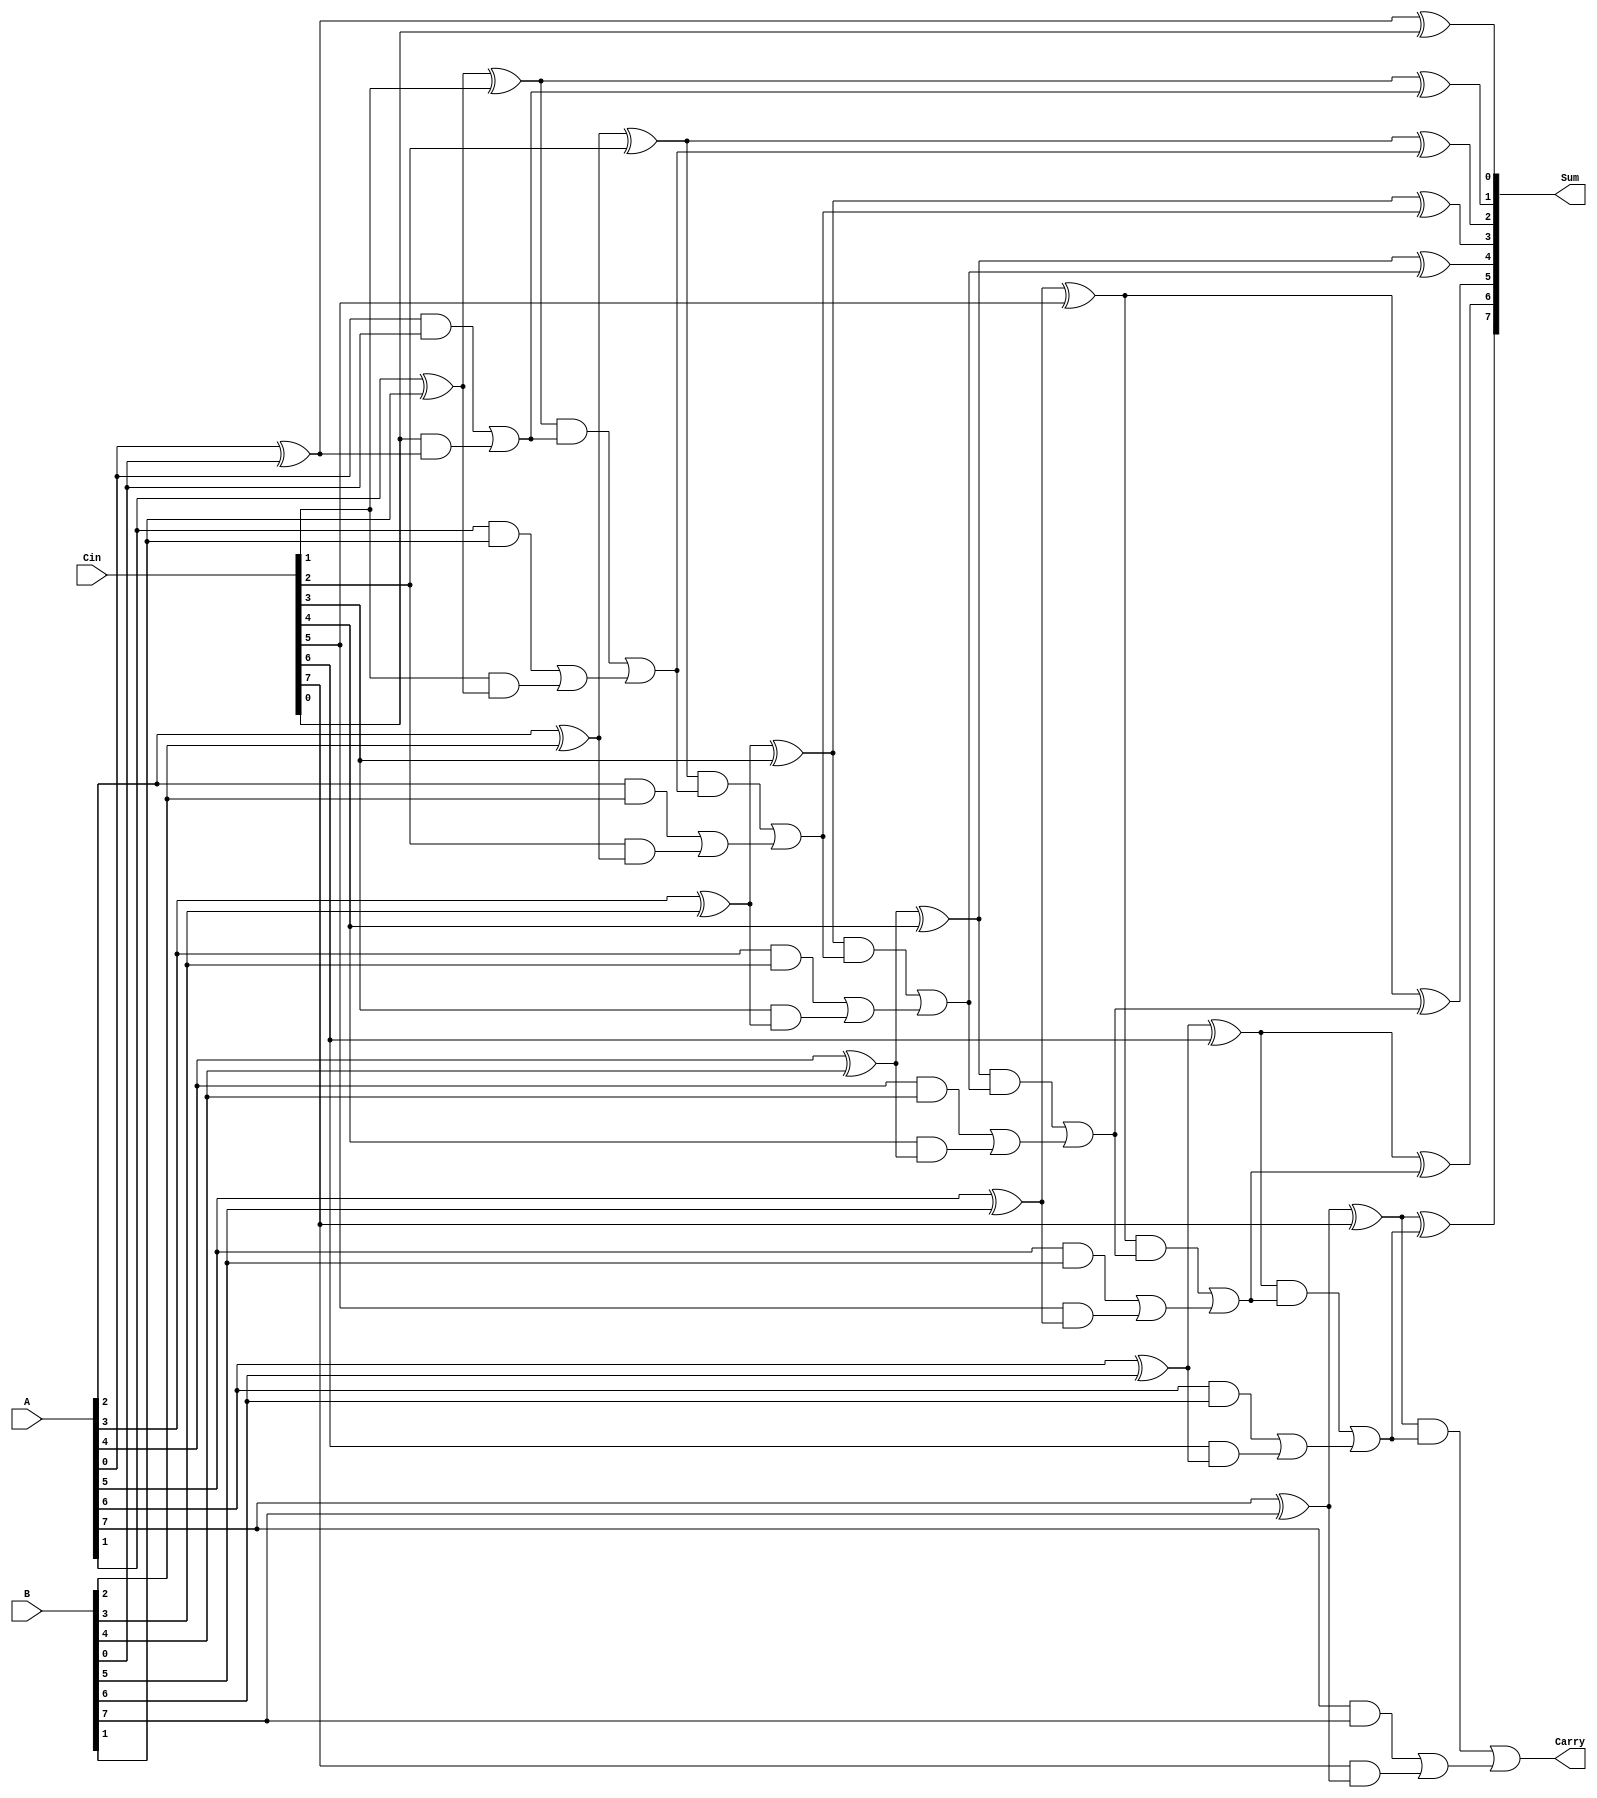
module CarrySaveAdder (
    input [N-1:0] A,      // First operand
    input [N-1:0] B,      // Second operand
    input [N-1:0] Cin,    // Carry input
    output [N-1:0] Sum,   // Final sum output
    output Carry           // Final carry output
);
    parameter N = 8; // Width of the operands

    wire [N-1:0] partial_sum; // Partial sum output
    wire [N-1:0] partial_carry; // Partial carry output

    // Generate partial sum and carry for each bit
    genvar i;
    generate
        for (i = 0; i < N; i = i + 1) begin : CSA
            assign partial_sum[i] = A[i] ^ B[i] ^ Cin[i]; // Sum: A XOR B XOR Cin
            assign partial_carry[i] = (A[i] & B[i]) | (Cin[i] & (A[i] ^ B[i])); // Carry: A AND B OR Cin AND (A XOR B)
        end
    endgenerate

    // Final carry propagation using a simple ripple carry adder
    wire [N-1:0] final_sum;
    wire [N:0] carry_chain; // Extra bit for carry propagation
    assign carry_chain[0] = 0; // Initial carry is zero

    generate
        for (i = 0; i < N; i = i + 1) begin : RCA
            assign final_sum[i] = partial_sum[i] ^ carry_chain[i]; // Final sum: Partial sum XOR carry
            assign carry_chain[i + 1] = (partial_sum[i] & carry_chain[i]) | partial_carry[i]; // Carry propagation
        end
    endgenerate

    assign Sum = final_sum; // Final sum output
    assign Carry = carry_chain[N]; // Final carry output

endmodule